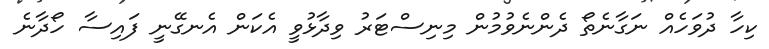
ކިހާ ދުވަހެއް ނަގާނެތޯ ދެންނެވުމުން މިނިސްޓަރު ވިދާޅުވީ އެކަން އެނގޭނީ ފައިސާ ހޯދާނެ